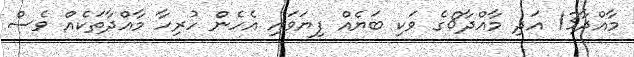
މާއްދާ13 އަދި މާއްދާ8ގެ ވަކި ބަޔެއް ފިޔަވައި އެހެން ހުރިހާ މާއްދާތަކެއް ވެސް